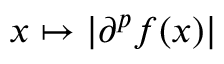
x \mapsto \left| \partial ^ { p } f ( x ) \right|